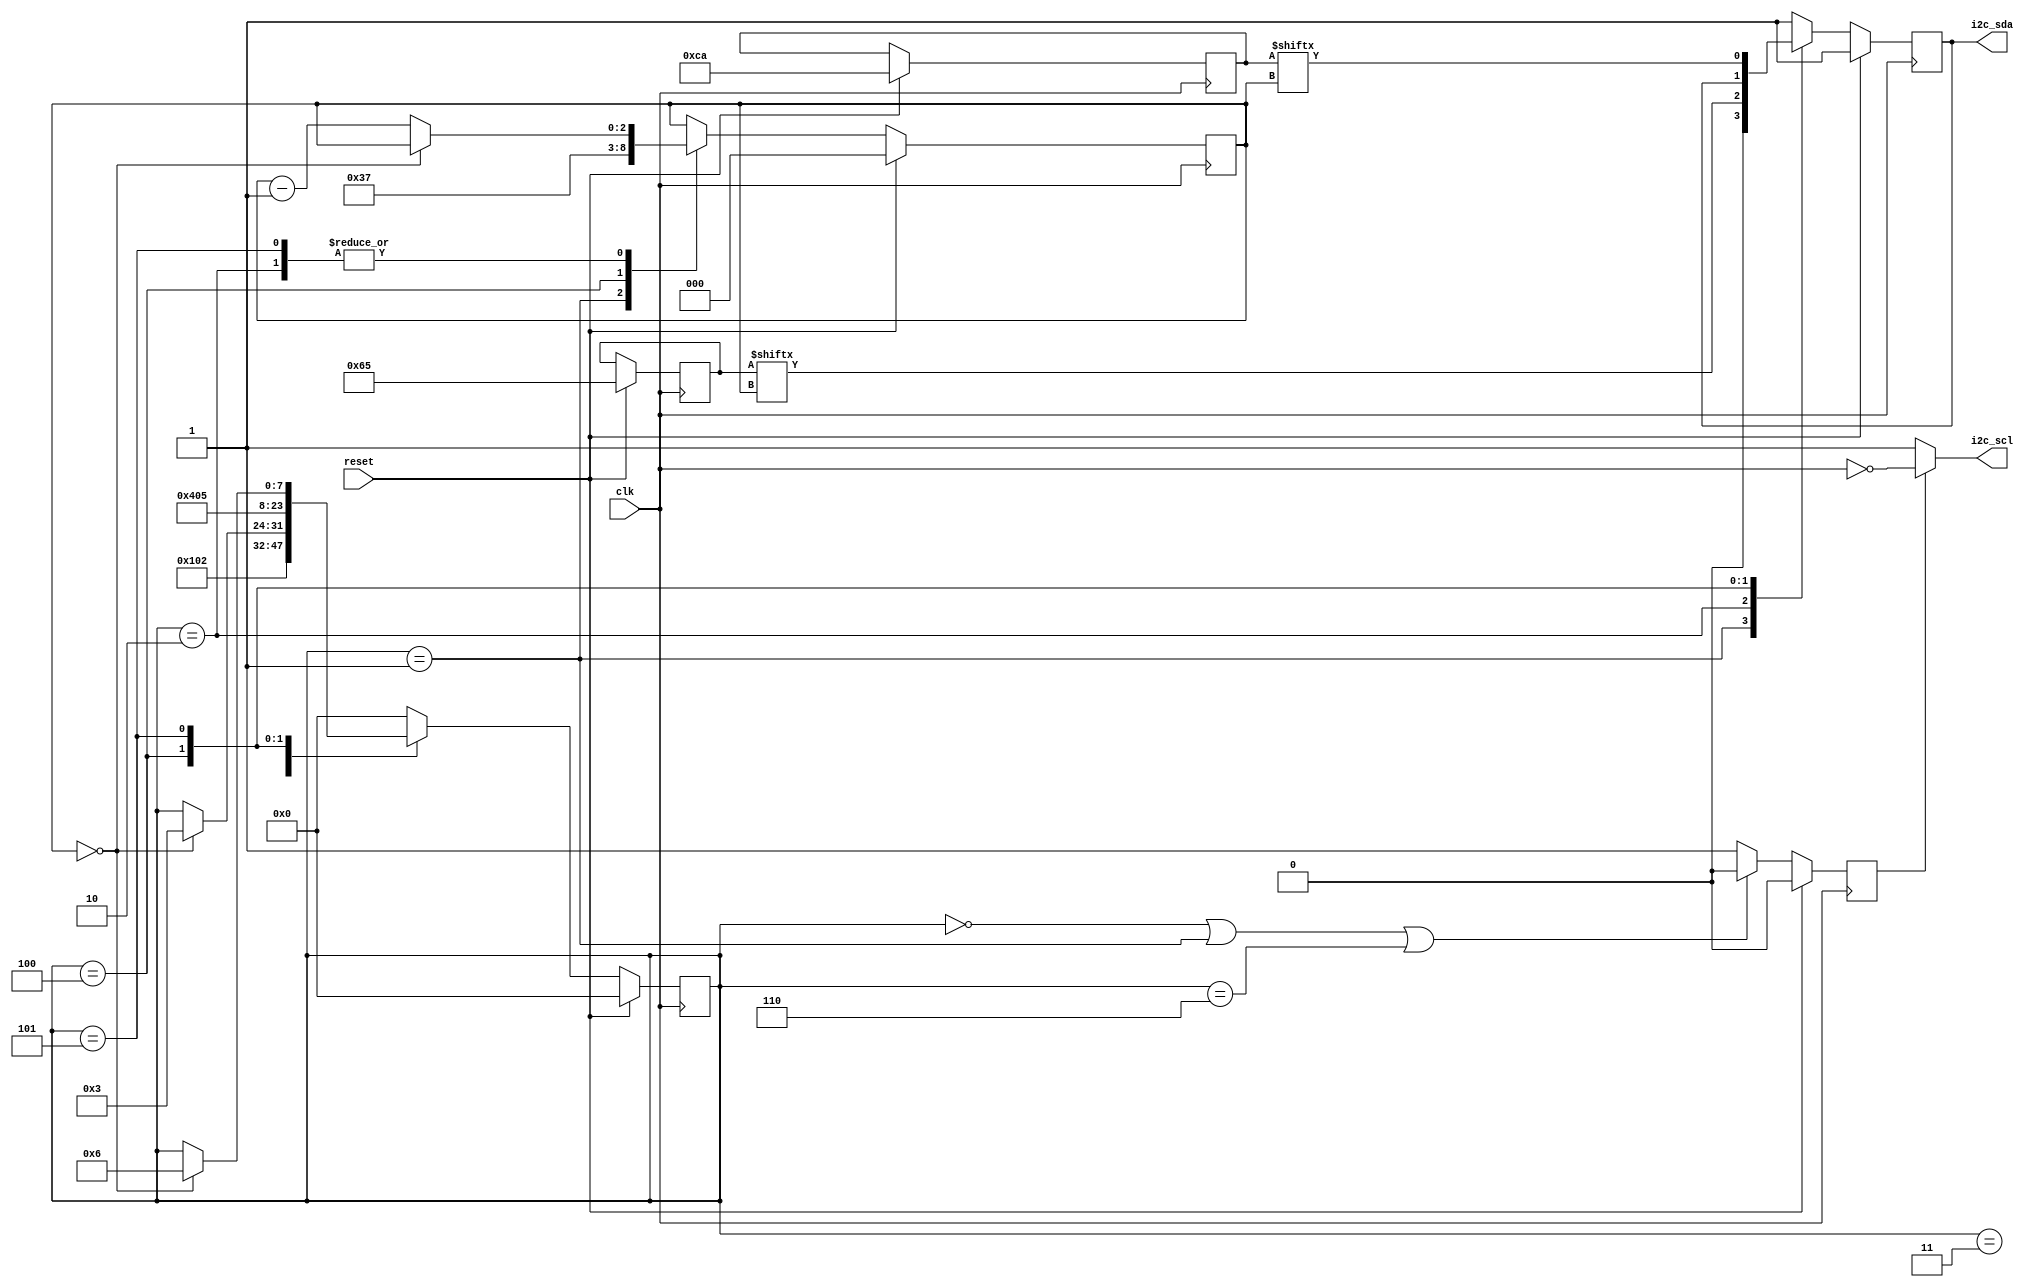
module I2C_master(
    input clk,
    input reset,
    output reg i2c_sda,
    output wire i2c_scl
);

    localparam IDLE_STATE   = 0;
    localparam START_STATE  = 1;
    localparam ADDRES_STATE = 2;
    localparam RW_STATE     = 3;
    localparam WACK_STATE   = 4;
    localparam DATA_STATE   = 5;
    localparam STOP_STATE   = 6;

    reg[7:0] state;
    reg[6:0] addres;
    reg[2:0] count;
    reg[7:0] data;

    reg scl_enable;

    assign i2c_scl = scl_enable == 0 ? 1 : ~clk;

    // for tests
    initial begin
        state <= IDLE_STATE;

        addres = 7'b1100101;
        data = 8'b11001010;
        count <= 3'b0;
    end

    // scl
    always @(negedge clk) begin
        if(reset) begin 
            scl_enable <= 0;
        end else begin
            if((state == IDLE_STATE) || (state == START_STATE) || (state == STOP_STATE)) begin
                scl_enable <= 0;
            end else begin
                scl_enable <= 1;
            end
        end
    end

    //sda
    always @(posedge clk) begin
        if(reset) begin 
            state <= IDLE_STATE;

            addres = 7'b1100101;
            data = 8'b11001010;
            count <= 3'b0;

            i2c_sda <= 1;
        end else begin
            case(state)
                IDLE_STATE: begin 
                    i2c_sda <= 1;

                    state <= START_STATE;
                end // Idle 

                START_STATE: begin  
                    i2c_sda <= 0; // bug (has 1)?
                    count <= 3'd6;
                    
                    state <= ADDRES_STATE;
                end // Start

                ADDRES_STATE: begin
                    i2c_sda <= addres[count];
                    if(count == 3'b0) state <= RW_STATE;
                    else count = count - 1;
                end

                RW_STATE: begin
                    i2c_sda <= 1; // read?
                    
                    state <= WACK_STATE;
                end // RW

                WACK_STATE: begin                    
                    count <= 3'd7;

                    state <= DATA_STATE;
                end // Wait ACK

                DATA_STATE: begin
                    i2c_sda <= data[count]; 
                    if(count == 3'b0) state <= STOP_STATE;
                    else count = count - 1;
                end // Data

                STOP_STATE: begin
                    i2c_sda <= 1;
                    
                    state <= IDLE_STATE;
                end // Stop

                default: begin
                    i2c_sda <= 1;
                    
                    state <= IDLE_STATE;
                end

            endcase        
        end
    end
endmodule